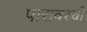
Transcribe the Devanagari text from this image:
पारावरची